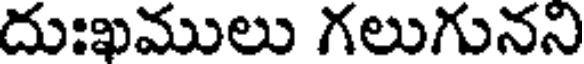
దుఃఖములు గలుగునని